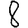
Digit: 8